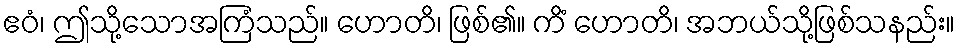
ဧဝံ၊ ဤသို့သောအကြံသည်။ ဟောတိ၊ ဖြစ်၏။ ကိံ ဟောတိ၊ အဘယ်သို့ဖြစ်သနည်း။